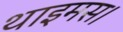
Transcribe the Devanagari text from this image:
थाइमस।